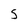
Character: S